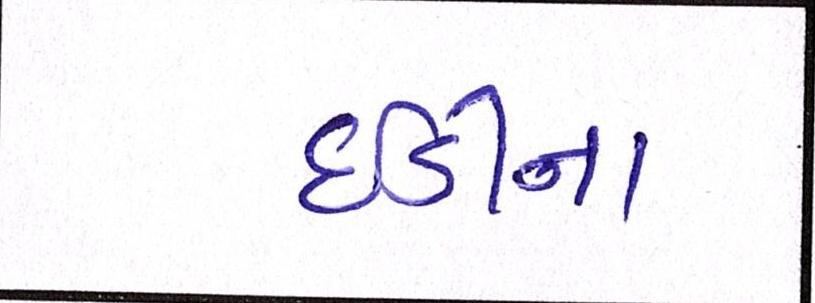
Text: ઇડીના